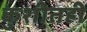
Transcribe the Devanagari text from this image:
कुशीतही